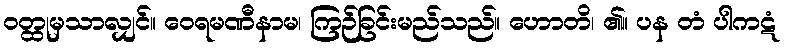
ဝတ္ထုမှသာလျှင်။ ဝေရမဏီနာမ၊ ကြဉ်ခြင်းမည်သည်။ ဟောတိ၊ ၏။ ပန တံ ပါကဋံ